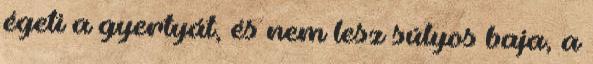
égeti a gyertyát, és nem lesz súlyos baja, a